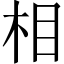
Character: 相